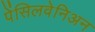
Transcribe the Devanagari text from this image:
पेंसिलवेनिअन